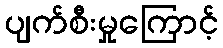
ပျက်စီးမှုကြောင့်